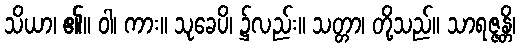
သိယာ၊ ၏။ ဝါ၊ ကား။ သုခေပိ၊ ၌လည်း။ သတ္တာ၊ တို့သည်။ သာရဇ္ဇန္တိ၊